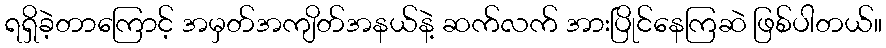
ရရှိခဲ့တာကြောင့် အမှတ်အကျိတ်အနယ်နဲ့ ဆက်လက် အားပြိုင်နေကြဆဲ ဖြစ်ပါတယ်။